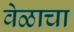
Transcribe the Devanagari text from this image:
वेळाचा